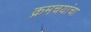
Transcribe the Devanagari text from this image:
क्रमचयांचा